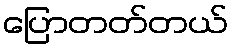
ပြောတတ်တယ်